Scottish Certificate of Education, 1963
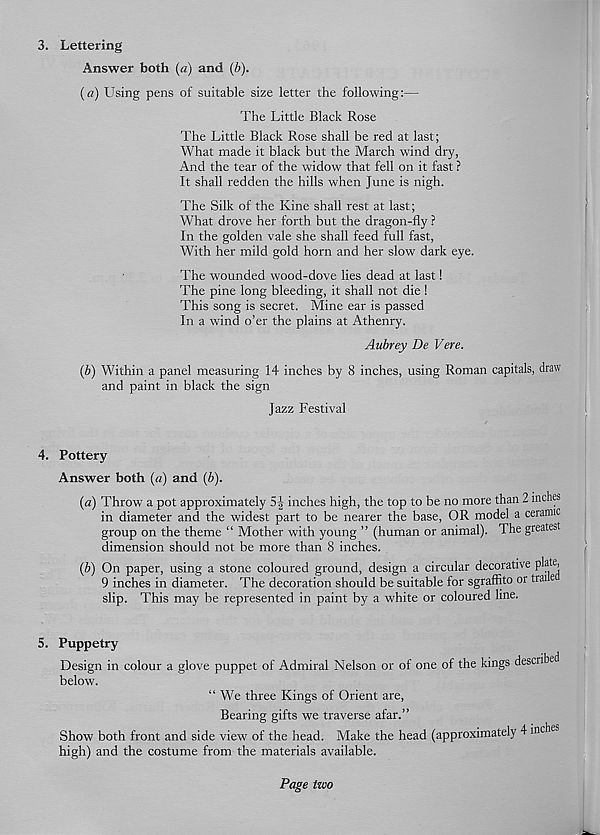
3. Lettering
Answer both (a) and (b).
(a) Using pens of suitable size letter the following:—
The Little Black Rose
The Little Black Rose shall be red at last;
What made it black but the March wind dry,
And the tear of the widow that fell on it fast ?
It shall redden the hills when June is nigh.
The Silk of the Kine shall rest at last;
What drove her forth but the dragon-fly ?
In the golden vale she shall feed full fast,
With her mild gold horn and her slow dark eye.
The wounded wood-dove lies dead at last!
The pine long bleeding, it shall not die!
This song is secret. Mine ear is passed
In a wind o’er the plains at Athenry.
Aubrey De Vere.
(b) Within a panel measuring 14 inches by 8 inches, using Roman capitals, draw
and paint in black the sign
Jazz Festival
4. Pottery
Answer both (a) and (b).
(a) Throw a pot approximately 5-|- inches high, the top to be no more than 2 inches
in diameter and the widest part to be nearer the base, OR model a ceramic
group on the theme “ Mother with young ” (human or animal). The greatest
dimension should not be more than 8 inches.
(b) On paper, using a stone coloured ground, design a circular decorative plate,
9 inches in diameter. The decoration should be suitable for sgraffito or trai e
slip. This may be represented in paint by a white or coloured line.
5. Puppetry
Design in colour a glove puppet of Admiral Nelson or of one of the kings described
below.
“We three Kings of Orient are,
Bearing gifts we traverse afar.”
Show both front and side view of the head. Make the head (approximately 4 inche
high) and the costume from the materials available.
Page two